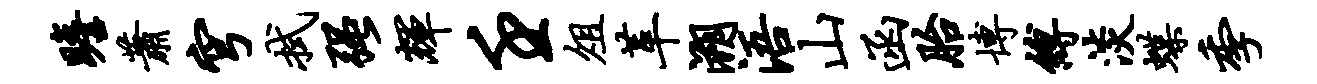
瞻萧穹拭强辉壬俎革溯浯山函胎博缚淡蝶季